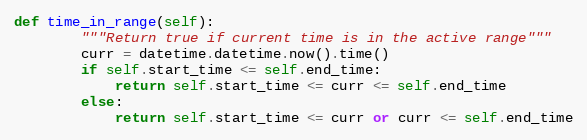
Language: Python
def time_in_range(self):
        """Return true if current time is in the active range"""
        curr = datetime.datetime.now().time()
        if self.start_time <= self.end_time:
            return self.start_time <= curr <= self.end_time
        else:
            return self.start_time <= curr or curr <= self.end_time